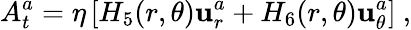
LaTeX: A_{t}^{a}=\eta\left[H_{5}(r,\theta)\mathbf{u}_{r}^{a}+H_{6}(r,\theta)\mathbf{u}_{\theta}^{a}\right]\ ,